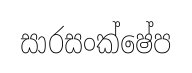
සාරසංක්ෂේප